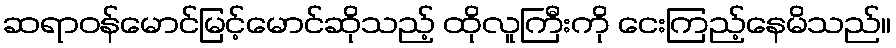
ဆရာဝန်မောင်မြင့်မောင်ဆိုသည့် ထိုလူကြီးကို ငေးကြည့်နေမိသည်။